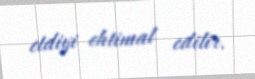
etdiyi ehtimal edilir.